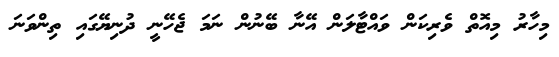
މިހާރު މިއޮތް ވެރިކަން ވައްޓާލަން އޭނާ ބޭނުން ނަމަ ޖެހޭނީ ދުނިޔޭގައި ތިންވަނަ